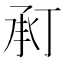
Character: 𢬫